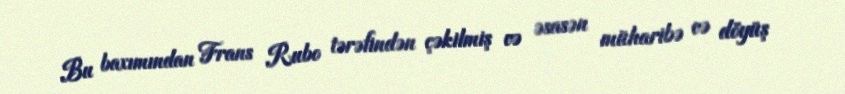
Bu baxımından Frans Rubo tərəfindən çəkilmiş və əsasən müharibə və döyüş